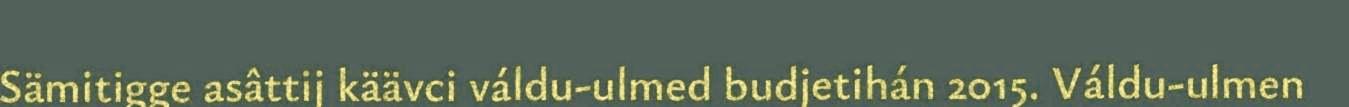
Sämitigge asâttij käävci váldu-ulmed budjetihán 2015. Váldu-ulmen